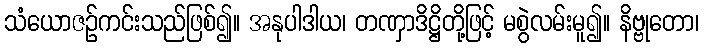
သံယောဇဉ်ကင်းသည်ဖြစ်၍။ အနုပါဒါယ၊ တဏှာဒိဋ္ဌိတို့ဖြင့် မစွဲလမ်းမူ၍။ နိဗ္ဗုတော၊